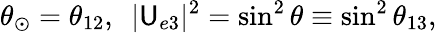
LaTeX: \theta_{\odot}=\theta_{12},~~|\mathsf{U}_{e3}|^{2}=\sin^{2}\theta\equiv\sin^{2}\theta_{13},